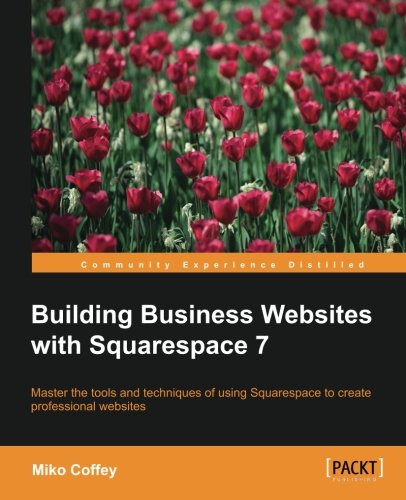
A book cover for Building Business Websites for Squarespace; Miko Coffey; Computers & Technology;